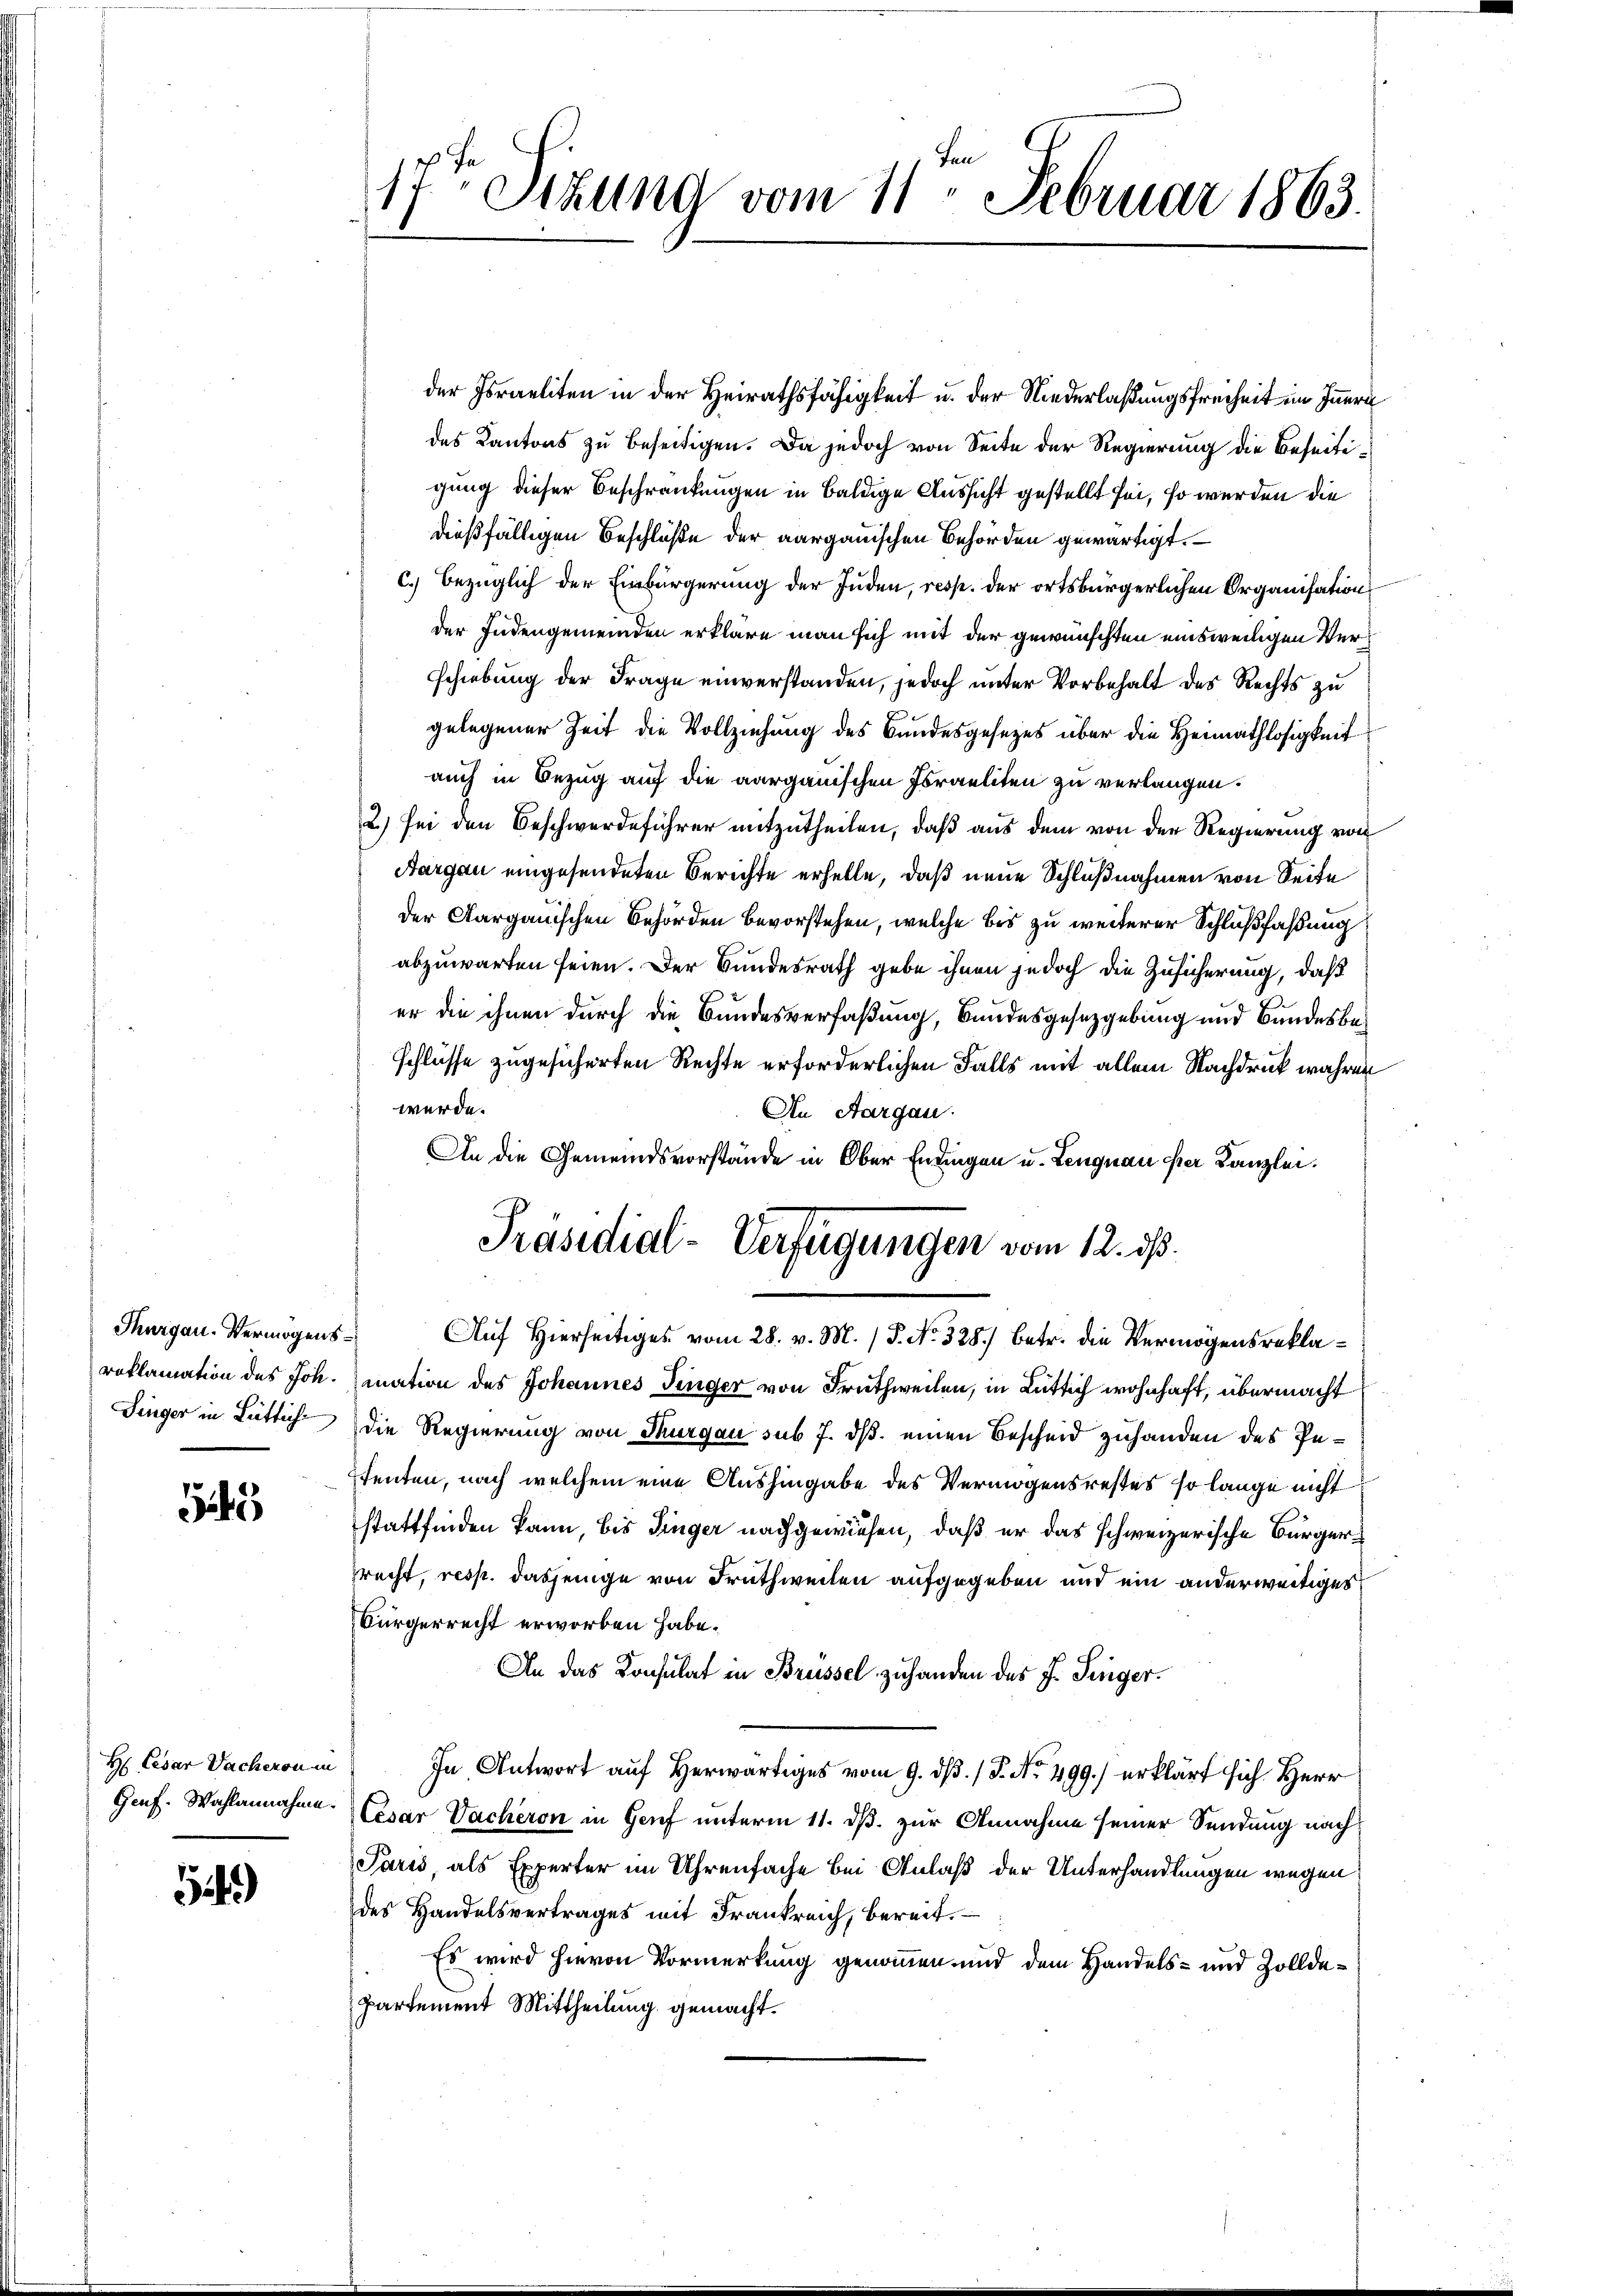
Thurgau-Vermögensroklamation des Joh.
Singer in Lüttiche

G

H Cesar Dacheron in
Genf. Wahlannahme.

549)

1/
17ten Sizung vom 11. Februar 1863.

der Israeliten in der Heirathsfähigkeit u. der Niederlaßungsfreiheit im Innern
des Kantons zu beseitigen. Da jedoch von Seite der Regierung die Beseitigung dieser Beschränkungen in baldige Aussicht gestellt sei, so werden die
dießfälligen Beschlüße der aargauischen Behörden gewärtigt.
c.) bezüglich der Einbürgerung der Juden, resp. der ortsbürgerlichen Organisation
der Endengemeinden erkläre man sich mit der gewünschten einsweiligen Verschiebung der Frage einverstanden, jedoch unter Vorbehalt des Rechts zu
gelegener Zeit die Vollziehung des Bundesgesezes über die Heimathlosigkeit
auch in Bezug auf die aargauischen Israeliten zu verlangen.
2) sei den Beschwerdeführer mitzutheilen, daß aus dem von der Regierung von
Aargau eingesendeten Berichte erhelle, daß neue Schlußnahmen von Seite
der Aargauischen Behörden bevorstehen, welche bis zu weiterer Schlußfaßung
abzuwarten seien. Der Bundesrath gebe ihnen jedoch die Zusicherung, daß
er die ihnen durch die Bundesverfaßung, Bundesgesetzgebung und Bundesbeschlüsse zugesicherten Rechte erforderlichen Falls mit allem Nachdruck wahren
werde.
An Aargau.
An die Gemeindsvorstände in Ober Endingen u. Lengnau ster Kanzlei.
Präsidial-Verfügungen vom 12. ds.
Auf Hierseitiges vom 28. v. M. (T. No. 328.) Betr. die Vermögensreklamation des Johannes Finger von Fruthweilen, in Rüttich wohnhaft, übermacht
die Regierung von Thurgau sub 7. ds. einen Bescheid zuhanden des Pestenten, nach welchem eine Aushingabe des Vermögensrestes so lange nicht
stattfinden kann, bis Dinger nachgewiesen, daß er das schweizerische Bürgerprecht, resp. dasjenige von Drath weiten aufgegeben und ein anderweitiges
Bürgerrecht erworben habe.
An das Konsulat in Brüssel zuhanden des J. Finger
In Antwort auf Herwärtiges vom 9. dß. / P. Nr. 499.) erklärt sich Herr
Cesar Vacheron in Genf unterm 11. ds. zur Annahme seiner Sendung nach¬
Paris, als Experter im Uhrenfache bei Anlaß der Unterhandlungen wegen
des Handelsvertrages mit Frankreich, bereit.
Es wird hievon Vormerkung genommen und dem Handels- und Zolldepartement Mittheilung gemacht.